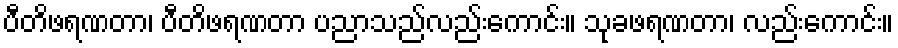
ပီတိဖရဏတာ၊ ပီတိဖရဏတာ ပညာသည်လည်းကောင်း။ သုခဖရဏတာ၊ လည်းကောင်း။